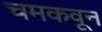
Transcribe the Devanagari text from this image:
चमकवून